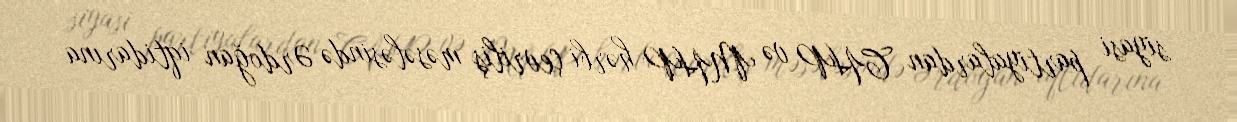
siyasi partiyalardan CHP və MHP hərbi çevriliş məsələsində Ərdoğan iqtidarına